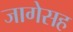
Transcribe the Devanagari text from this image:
जागेसह